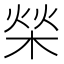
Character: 𣓳